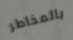
بالمخاطر